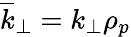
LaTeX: \overline{{k}}_{\perp}=k_{\perp}\rho_{p}